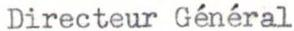
Directeur Général